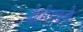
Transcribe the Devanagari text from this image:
श्रीहरिरायजी